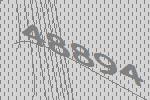
48894